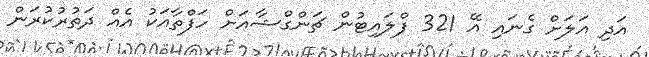
އަދި އަލަށް ގެނައި އޭ 321 ފްލައިޓުން ޗަންގްޝާއަށް ހަފްތާއަކު އެއް ދަތުރުކުރަން